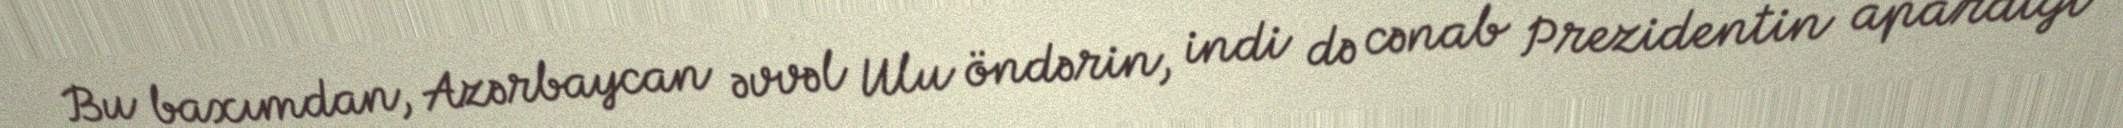
Bu baxımdan, Azərbaycan əvvəl Ulu öndərin, indi də cənab Prezidentin apardığı